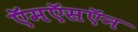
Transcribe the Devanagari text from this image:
ऍमऍसऍन